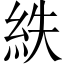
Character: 紩